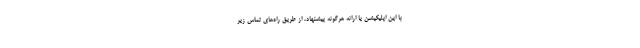
با این اپلیکیشن یا ارائه هرگونه پیشنهاد، از طریق راه‌های تماس زیر